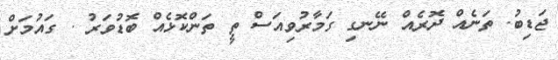
ޖަޑިބު. ތަނެއް ދޮރެއް ނޭނގި ގަމާރުވިއަސް ތީ ތަންކޮޅެއް ބޮޑުވަރު . ގައުމަށް